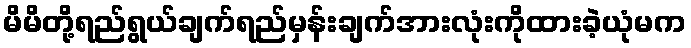
မိမိတို့ရည်ရွယ်ချက်ရည်မှန်းချက်အားလုံးကိုထားခဲ့ယုံမက